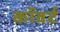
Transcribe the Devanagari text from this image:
कॉवर्ट